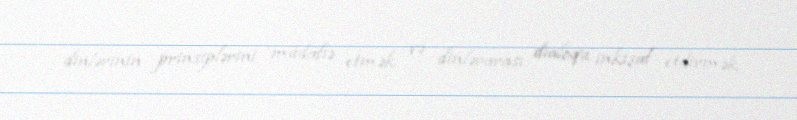
dinlərinin prinsiplərini müdafiə etmək və dinlərarası dialoqu inkişaf etdirmək